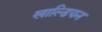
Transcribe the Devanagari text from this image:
खाल्डियन